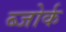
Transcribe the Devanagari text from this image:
ब्जोर्क